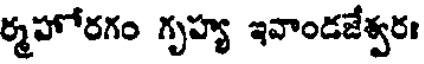
ర్మహోరగం గృహ్య ఇవాండజేశ్వరః